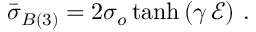
\begin{array} { r } { \bar { \boldsymbol { \sigma } } _ { B ( 3 ) } = 2 \sigma _ { o } \operatorname { t a n h } \left( \gamma \, \mathcal { E } \right) \, . } \end{array}